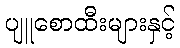
ပျူစောထီးများနှင့်